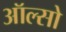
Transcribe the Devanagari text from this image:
ऑल्सो